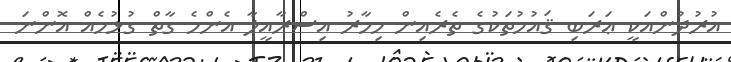
އުރުދުންއަކީ ޢަރަބި ޤައުމުތަކުގެ ތެރެއިން މިހާރު އިސްރާއީލާ އެންމެ ގާތް ގުޅުމެއް އޮންނަ